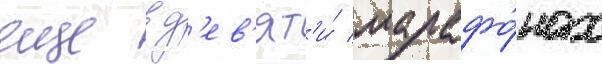
еще в д'ев'ят'и́ марафо́нах